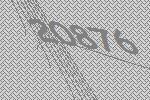
20876